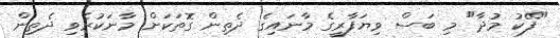
"ފޭކު މުދާ" މި ބަސް ވިޔަފާރީގެ މާނައިގެ ދެތިން ގޮތަކަށް މާނަކުރެވި ދެތިން